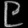
Digit: ၉